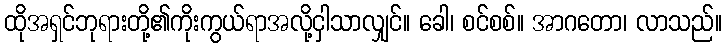
ထိုအရှင်ဘုရားတို့၏ကိုးကွယ်ရာအလို့ငှါသာလျှင်။ ခေါ၊ စင်စစ်။ အာဂတော၊ လာသည်။